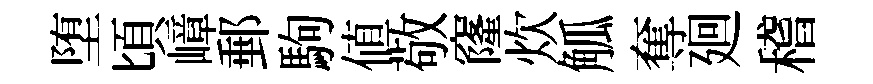
堕頃嶂郵駒値敬窿炊觚奪廻稽